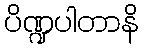
ပိဏ္ဍပါတာနိ